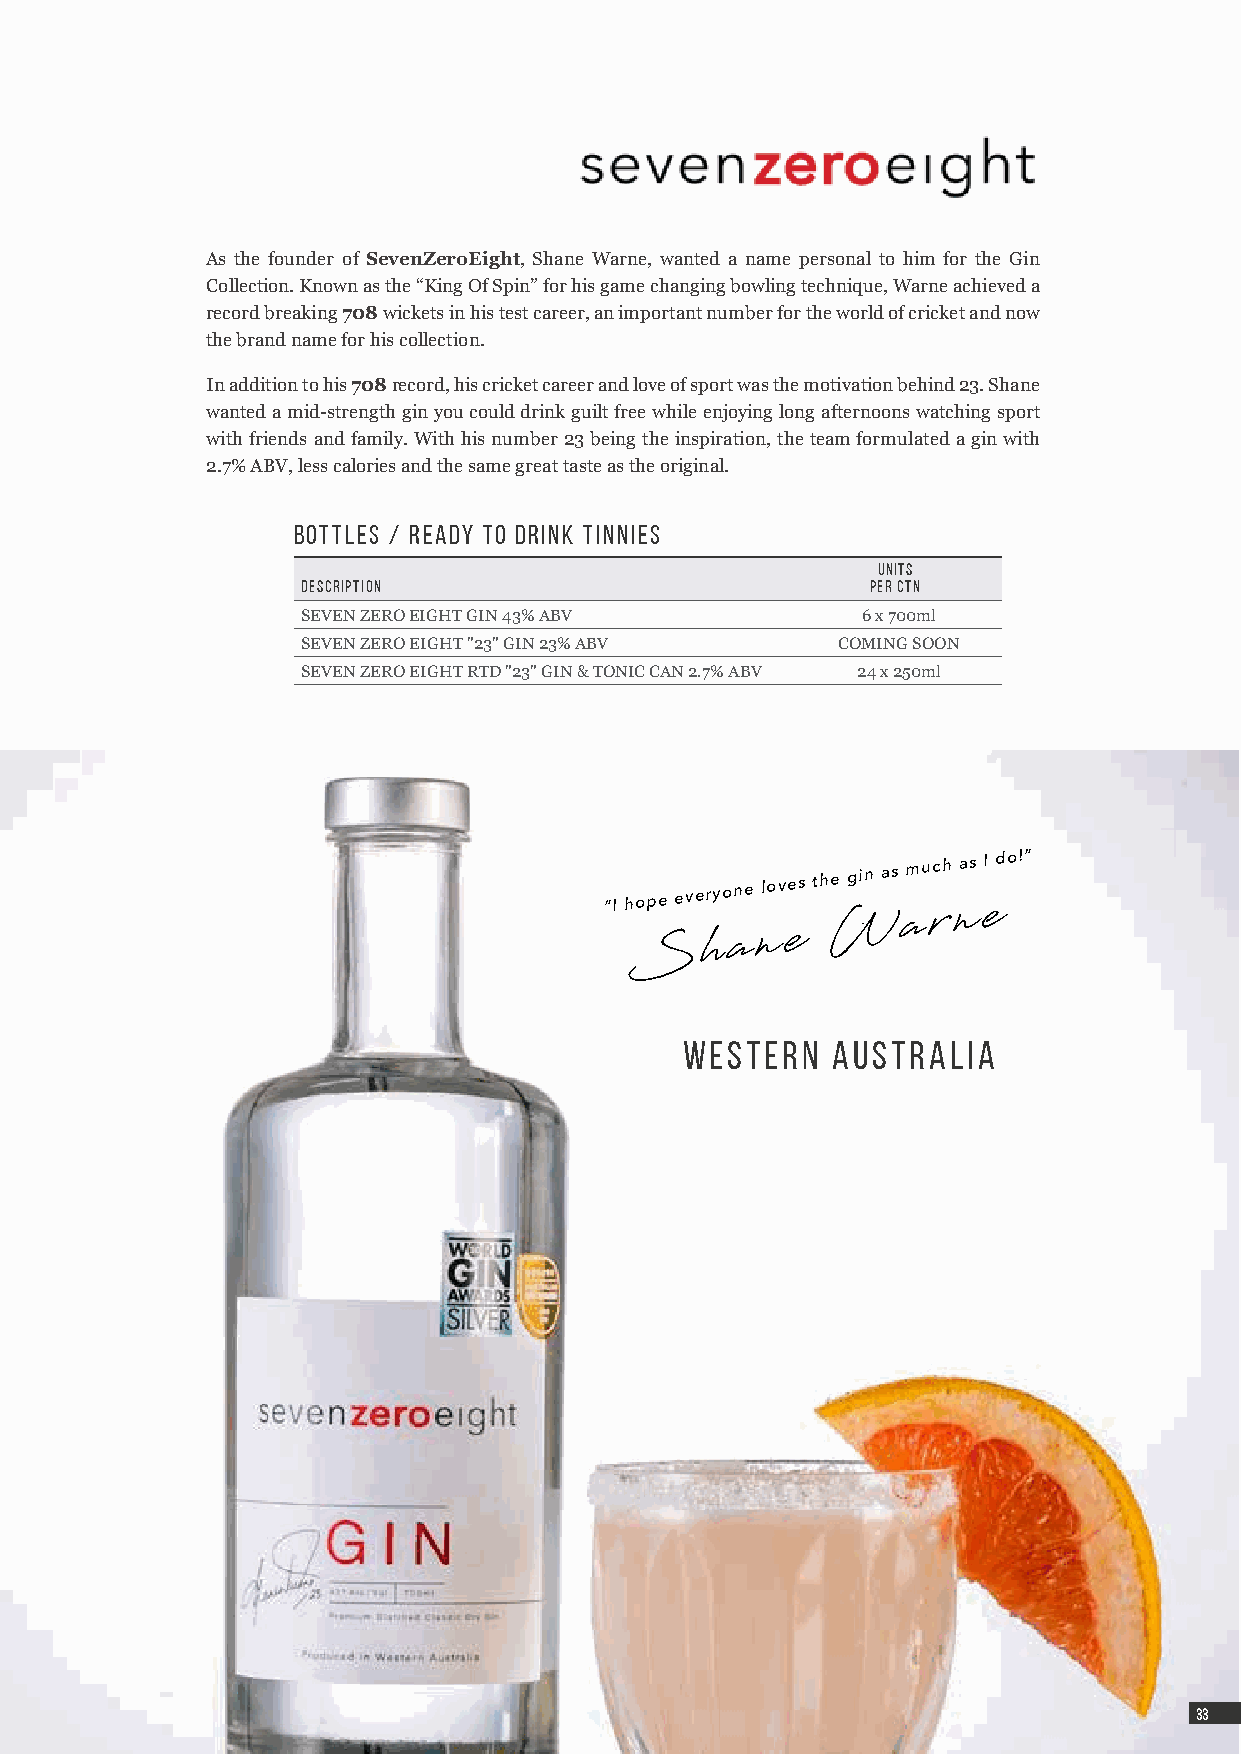
As the founder of SevenZeroEight, Shane Warne, wanted a name personal to him for the Gin
 Collection. Known as the “King Of Spin” for his game changing bowling technique, Warne achieved a
 record breaking 708 wickets in his test career, an important number for the world of cricket and now
 the brand name for his collection.
 In addition to his 708 record, his cricket career and love of sport was the motivation behind 23. Shane
 wanted a mid-strength gin you could drink guilt free while enjoying long afternoons watching sport
 with friends and family. With his number 23 being the inspiration, the team formulated a gin with
 2.7% ABV, less calories and the same great taste as the original.
 BOTTLEs / Ready to Drink Tinnies
 UNITS
 DESCRIPTION                           PER CTN
 SEVEN ZERO EIGHT GIN 43% ABV         6 x 700ml
 SEVEN ZERO EIGHT "23" GIN 23% ABV  COMING SOON
 SEVEN ZERO EIGHT RTD "23" GIN & TONIC CAN 2.7% ABV 24 x 250ml
 “I hope
 everyone
 loves the gin as
 much as I do!”
 W.   a r n e
 S    h a n e
 WESTERN   AUSTRALIA
 3333